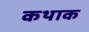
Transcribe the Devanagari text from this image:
कथाक